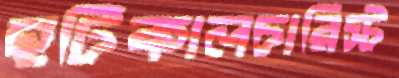
হর্টিকালচারিস্ট